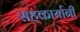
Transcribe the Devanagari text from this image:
सहकार्यानी